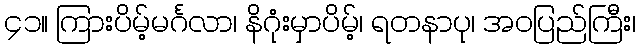
၄၁။ ကြားပိမ့်မင်္ဂလာ၊ နိဂုံးမှာပိမ့်၊ ရတနာပု၊ အဝပြည်ကြီး၊